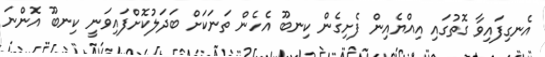
އެނގިފައިވާ ގޮތުގައި އިއްޔެއިން ފެށިގެން ކިނބޫ އެހެން ތަނަކަށް ބަދަލުކޮށްފައިވަނީ ކިނބޫ އޮންނަ